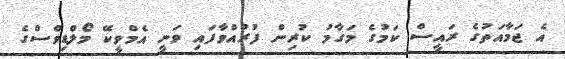
އެ ޖަމާއަތުގެ ރައީސް ކަމުގެ މަގާމު ކުރިން ފުރުއްވާފައި ވަނީ އެމްވީކޭ މޯލްޑިވްސްގެ